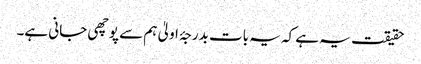
حقیقت یہ ہے کہ یہ بات بدرجۂ اولیٰ ہم سے پوچھی جانی ہے۔